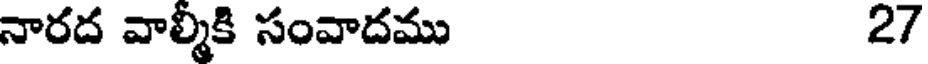
నారద వాల్మీకి సంవాదము 27